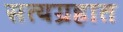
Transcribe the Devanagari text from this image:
सत्यग्रहात